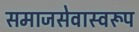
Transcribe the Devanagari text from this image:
समाजसेवास्वरूप